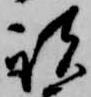
諸